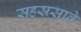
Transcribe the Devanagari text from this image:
सहस्रसावे